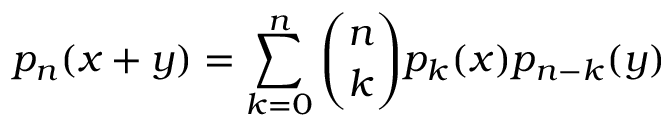
p _ { n } ( x + y ) = \sum _ { k = 0 } ^ { n } { \binom { n } { k } } p _ { k } ( x ) p _ { n - k } ( y )